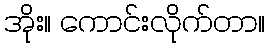
အိုး။ ကောင်းလိုက်တာ။